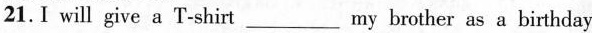
21. I will give a T-shirt___my brother as a birthday